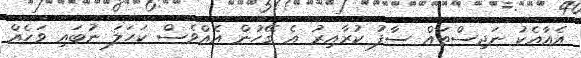
އެއާއެކު ނަޖިސްތައް ސާފު ކުރާއިރު އެ ގޭހުން އެއްވެސް ކަހަލަ ނުބައި ވަހެއް